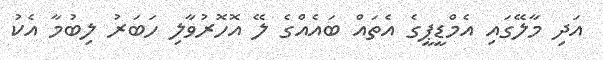
އަދި މާލޭގައި އެމްޑީޕީގެ އެތައް ބައެއްގެ ލޭ އޮހޮރުވާލި ހަބަރު ލިބުމާ އެކު